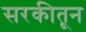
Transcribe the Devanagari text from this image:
सरकीतून